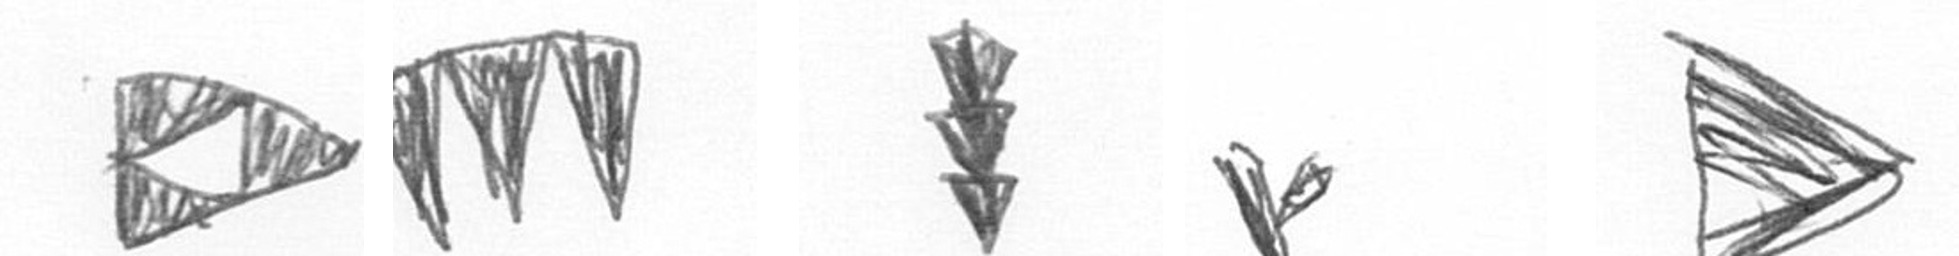
K L E F T